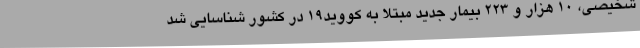
شخیصی، 10 هزار و 223 بیمار جدید مبتلا به کووید19 در کشور شناسایی شد